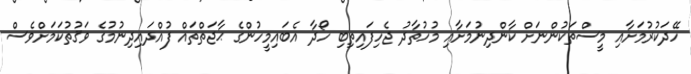
ހޭދަކުރުމަށާއި މީސްތަކުންނަށް ކާންދިނުމަށާއި މުހުތާދު ޖެހިފައިތިބި ހޯދާ އެބައިމީހުންގެ ޙާޖަތްތައް ފުއްދައިދިނުމުގެ ވަޤުތުކަމަށްވެސް